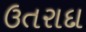
ઉતરાદા